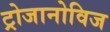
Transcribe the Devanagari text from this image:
ट्रोजानोविज